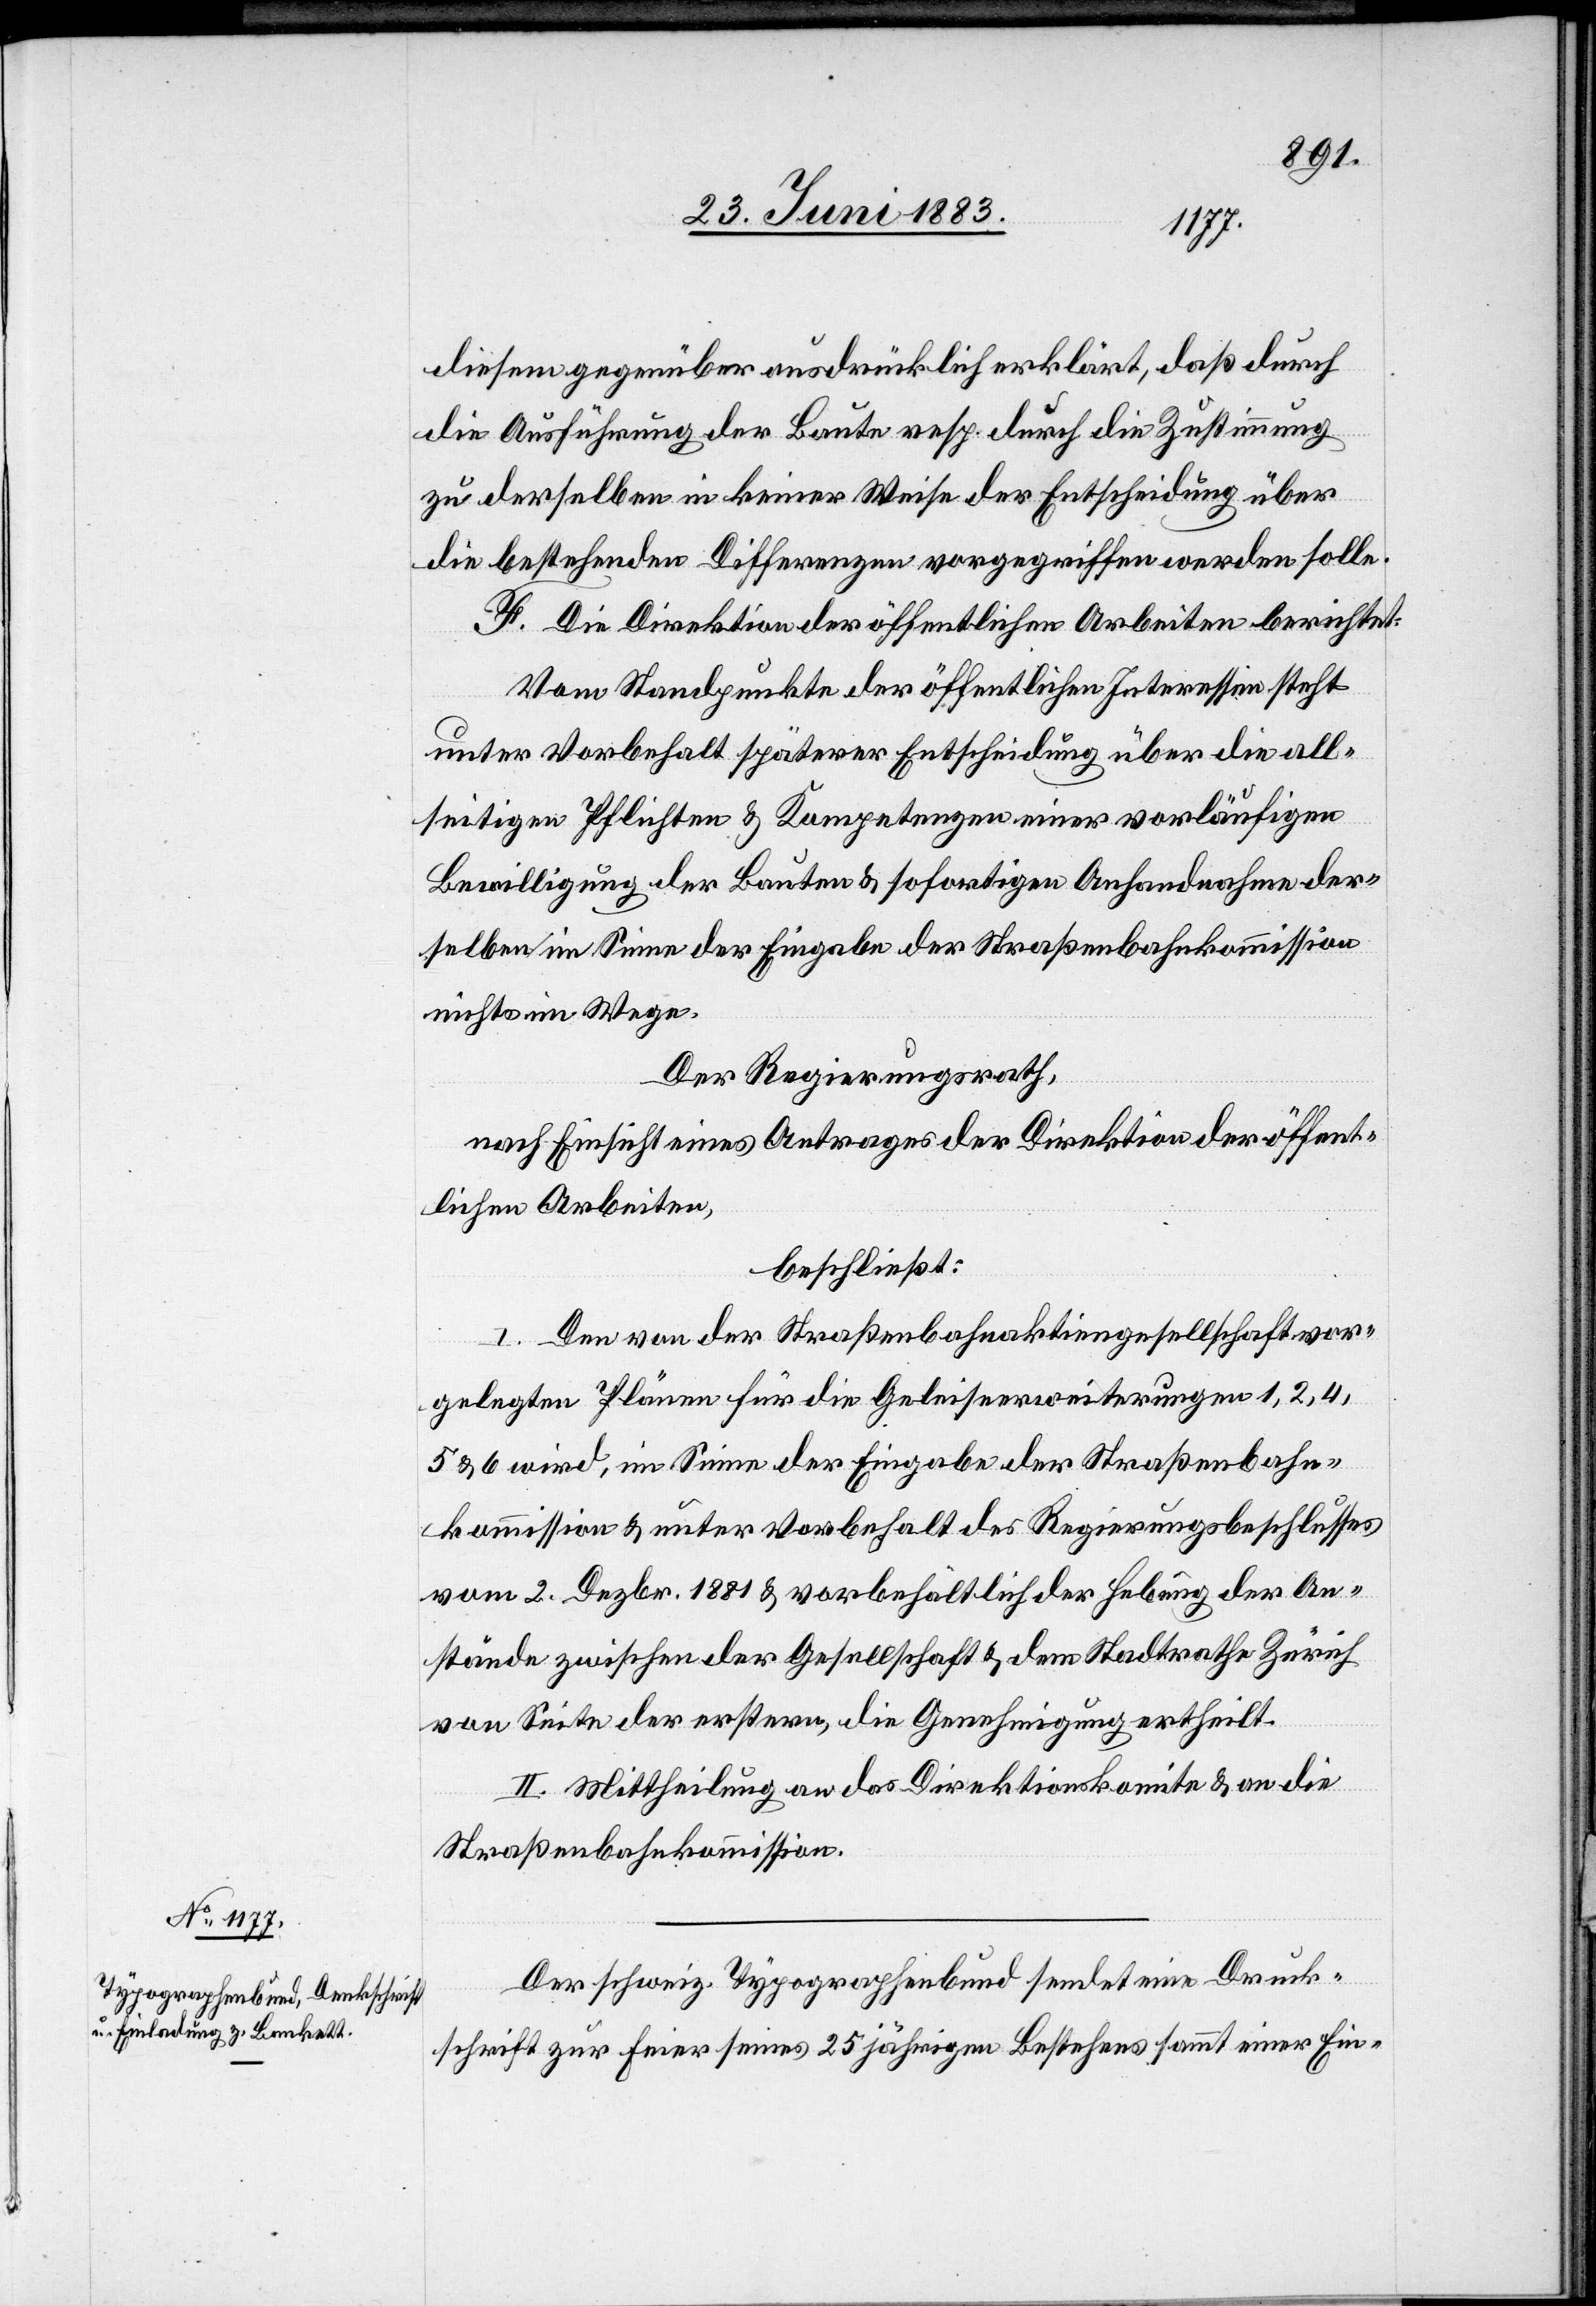
diesem gegenüber ausdrücklich erklärt, daß durch
die Ausführung der Baute resp. durch die Zustimmung
zu derselben in keiner Weise der Entscheidung über
die bestehenden Differenzen vorgegriffen werden solle.
F. Die Direktion der öffentlichen Arbeiten berichtet:
Vom Standpunkte der öffentlichen Interessen steht
unter Vorbehalt späterer Entscheidung über die all¬
seitigen Pflichten & Kompetenzen einer vorläufigen
Bewilligung der Bauten & sofortigen Anhandnahme der¬
selben im Sinne der Eingabe der Straßenbahnkommission
nichts im Wege.
Der Regierungsrath,
nach Einsicht eines Antrages der Direktion der öffent¬
lichen Arbeiten,
beschließt:
I. Den von der Straßenbahnaktiengesellschaft vor¬
gelegten Pläne für die Geleiserweiterungen 1, 2, 4,
5 & 6 wird, im Sinne der Eingabe der Straßenbahn¬
kommission & unter Vorbehalt des Regierungsbeschlusses
vom 2. Dezbr. 1881 & vorbehältlich der Hebung der An¬
stände zwischen der Gesellschaft & dem Stadtrathe Zürich
von Seite der erstern, die Genehmigung ertheilt.
II. Mittheilung an das Direktionskomite & an die
Straßenbahnkommission.
Der schweiz. Typographenbund sendet eine Druck¬
schrift zur Feier seines 25 jährigen Bestehens sammt einer Ein-